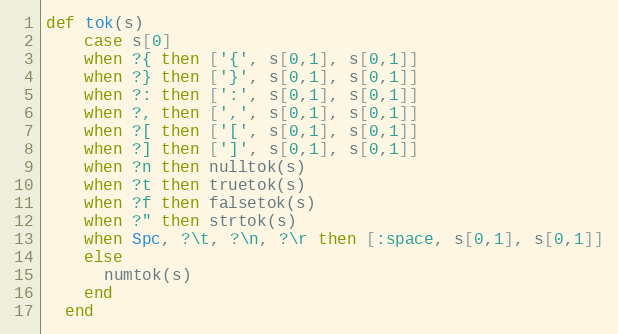
Language: Ruby
def tok(s)
    case s[0]
    when ?{ then ['{', s[0,1], s[0,1]]
    when ?} then ['}', s[0,1], s[0,1]]
    when ?: then [':', s[0,1], s[0,1]]
    when ?, then [',', s[0,1], s[0,1]]
    when ?[ then ['[', s[0,1], s[0,1]]
    when ?] then [']', s[0,1], s[0,1]]
    when ?n then nulltok(s)
    when ?t then truetok(s)
    when ?f then falsetok(s)
    when ?" then strtok(s)
    when Spc, ?\t, ?\n, ?\r then [:space, s[0,1], s[0,1]]
    else
      numtok(s)
    end
  end